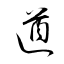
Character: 遒